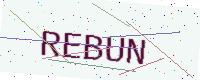
Text: REBUN